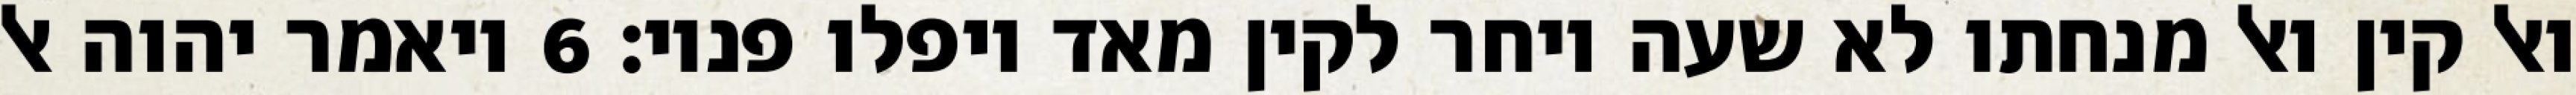
ואל קין ואל מנחתו לא שעה ויחר לקין מאד ויפלו פניו׃ ‎6‏ ויאמר יהוה אל